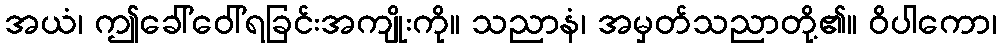
အယံ၊ ဤခေါ်ဝေါ်ရခြင်းအကျိုးကို။ သညာနံ၊ အမှတ်သညာတို့၏။ ဝိပါကော၊